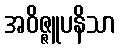
အဝိဇ္ဇူပနိသာ